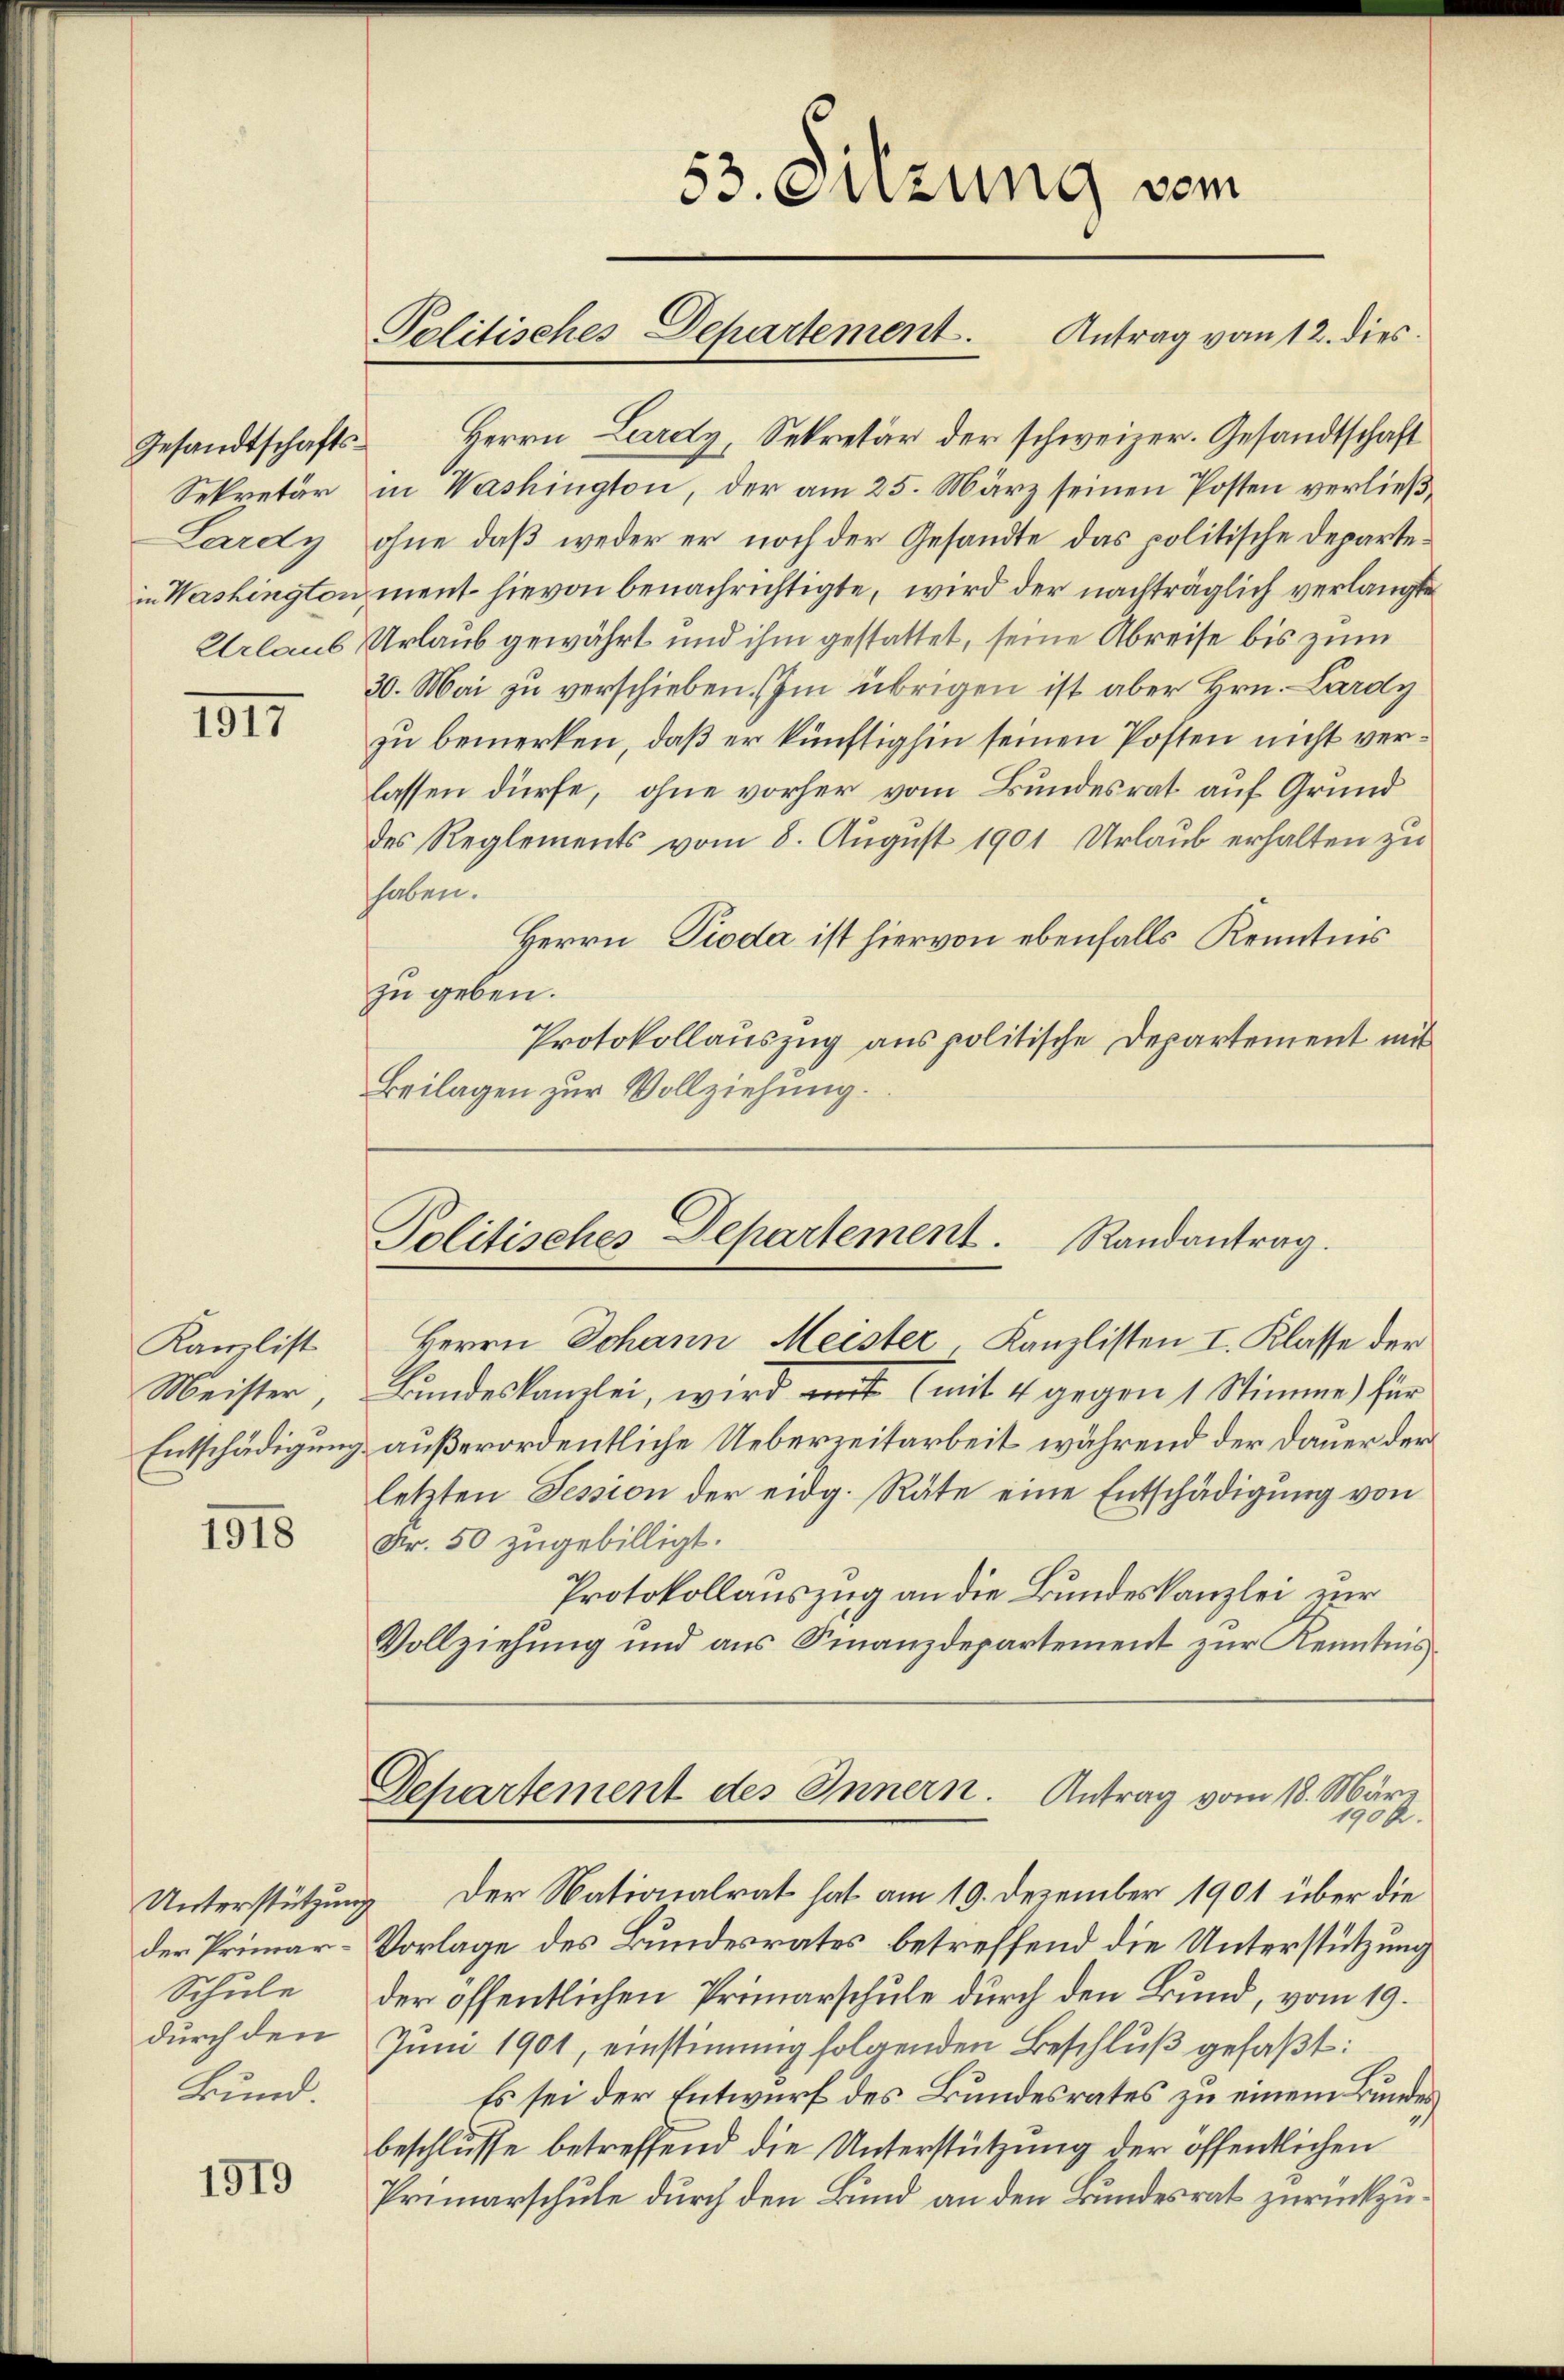
Sekretär

1917

Kanzlist
Meister,
Entschädigung

1918

Unterstützung
der Primar¬
Schule
durch den
Bund.

1919

53. Sitzung vom
Politisches Departement. Antrag vom 12. dies

Gesandtschafts Herrn Lardy, Sekretär der schweizer. Gesandtschaft
in Washington, der am 25. März seinen Posten verließ¬
Lardy, ohne daß weder er noch der Gesandte das politische Departein Washington ment hievon benachrichtigte, wird der nachträglich verlangte
Urlaub Urlaub gewährt und ihm gestattet, seine Abreise bis zum
30. Mai zu verschieben. Im übrigen ist aber Hrn. Lardy
zu bemerken, daß er künftighin seinen Posten nicht verlassen dürfe, ohne vorher vom Bundesrat auf Grund
des Reglements vom 8. August 1901 Urlaub erhalten zu
haben.
Herrn Pioda ist hiervon ebenfalls Kenntnis
zu geben.
Protokollauszug aus politische Departement mit
Beilagen zur Vollziehung.

Politisches Departement. Randantrag.

letzten Tession der eidg. Räte eine Entschädigung von
Fr. 50 zugebilligt.
Protokollauszug an die Bundeskanzlei zur
Vollziehung und aus Finanzdepartement zur Kenntnis¬

Herrn Johann Meister Kanzlisten I. Klasse der
Bundeskanzlei, wird mit (mit 4 gegen 1 Stimme) für
außerordentliche Ueberzeitarbeit während der Dauer der
Dchartement des Innern. Antrag vom 18. März
1900.
Der Nationalrat hat am 19. Dezember 1901 über die
Vorlage des Bundesrates betreffend die Unterstützung
der öffentlichen Primarschule durch den Bund, vom 19.
Juni 1901, einstimmig folgenden Beschluß gefaßt:
Es sei der Entwurf des Bundesrates zu einem Bundes
beschlüsse betreffend die Unterstützung der öffentlichen
Primarschule durch den Bund an den Bundesrat zurückzu¬